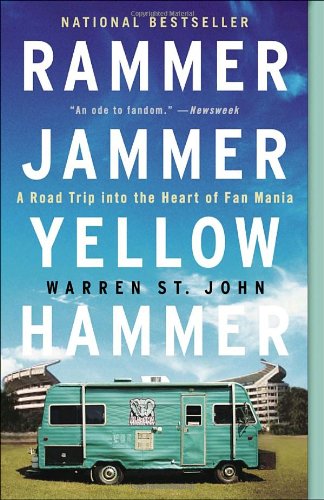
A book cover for Rammer Jammer Yellow Hammer: A Road Trip into the Heart of Fan Mania; Warren St. John; Biographies & Memoirs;